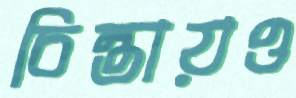
চিন্তায়ও